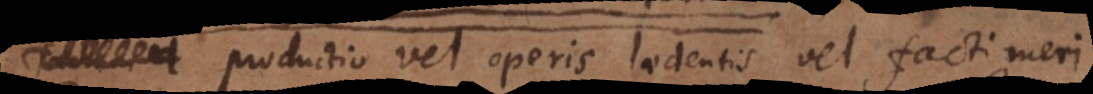
productio vel operis laedentis vel facti meri.